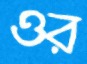
ওর